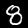
Digit: 8